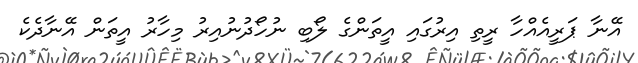
އޭނާ ޕަރީއެއްހާ ރީތި އިރުގައި އީތަންގެ ލޯބި ނުހޯދުނުއިރު މިހާރު އީތަން އޭނާދެކެ